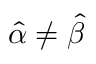
{ \hat { \alpha } } \neq { \hat { \beta } }